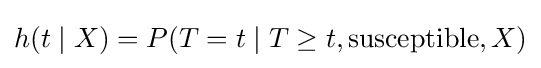
h(t\mid X)=P(T=t\mid T\geq t,{\text{susceptible}},X)